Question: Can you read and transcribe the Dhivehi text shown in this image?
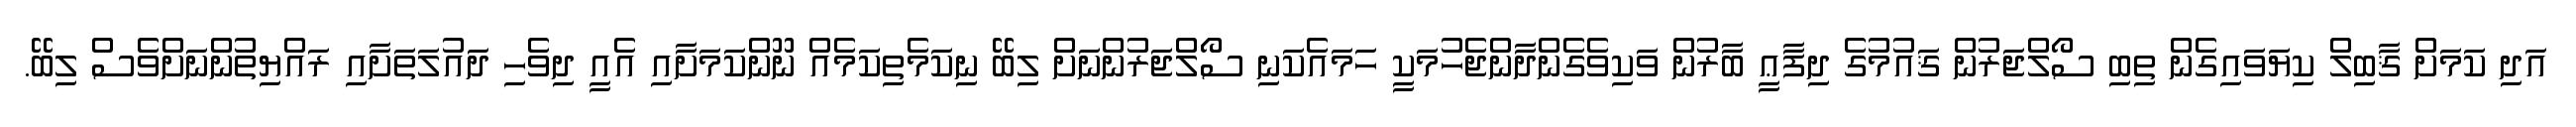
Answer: އަދި ކަމަށް ޤާބިލް ކިޔަވައިގެން ތިބި ސޯލްޖަރުން ޤައުމުގެ ދިފާޢީ ބާރުން ވަކިވެގެންދާންޖެހުމަކީ ހަމައެކަނި ސޯލްޖަރުންނަށް ލިބޭ ނިކަމެތިކަމެއް ނޫންކަމަށާއި އެއީ ދިވެހި ދައުލަތަށާއި ރައްޔިތުންނަށްވެސް ލިބޭ.